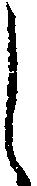
し